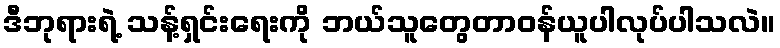
ဒီဘုရားရဲ့ သန့်ရှင်းရေးကို ဘယ်သူတွေတာဝန်ယူပါလုပ်ပါသလဲ။